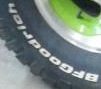
BFGOOdrIon